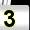
Digit: 3